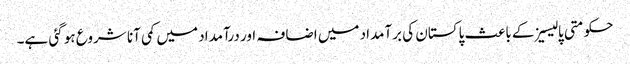
حکومتی پالیسیزکے باعث پاکستان کی برآمداد میں اضافہ اور درآمداد میں کمی آنا شروع ہو گئی ہے۔